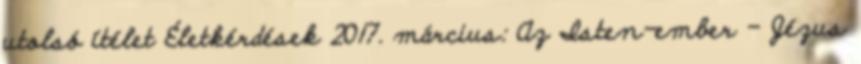
utolsó ítélet Életkérdések 2017. március: Az Isten-ember - Jézus